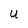
Character: U